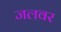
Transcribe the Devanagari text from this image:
जलवर